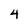
Character: 4